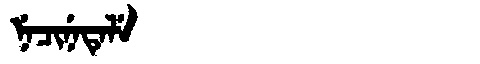
Manchu: ᠨᡝᠴᡳᠨᡝᡨᡝᠯᡝ
Romanization: NECINETELE